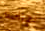
بجراحة